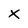
Character: X